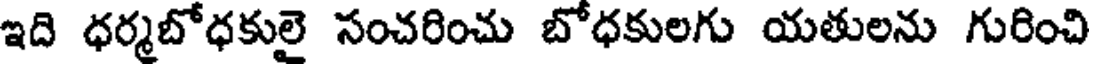
ఇది ధర్మబోధకులై సంచరించు బోధకులగు యతులను గురించి